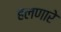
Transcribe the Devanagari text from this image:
हलणारे